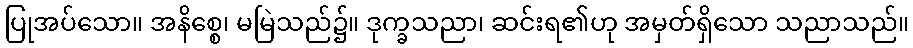
ပြုအပ်သော။ အနိစ္စေ၊ မမြဲသည်၌။ ဒုက္ခသညာ၊ ဆင်းရ၏ဟု အမှတ်ရှိသော သညာသည်။